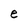
Character: e